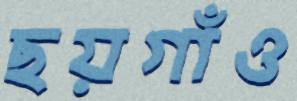
ছয়গাঁও